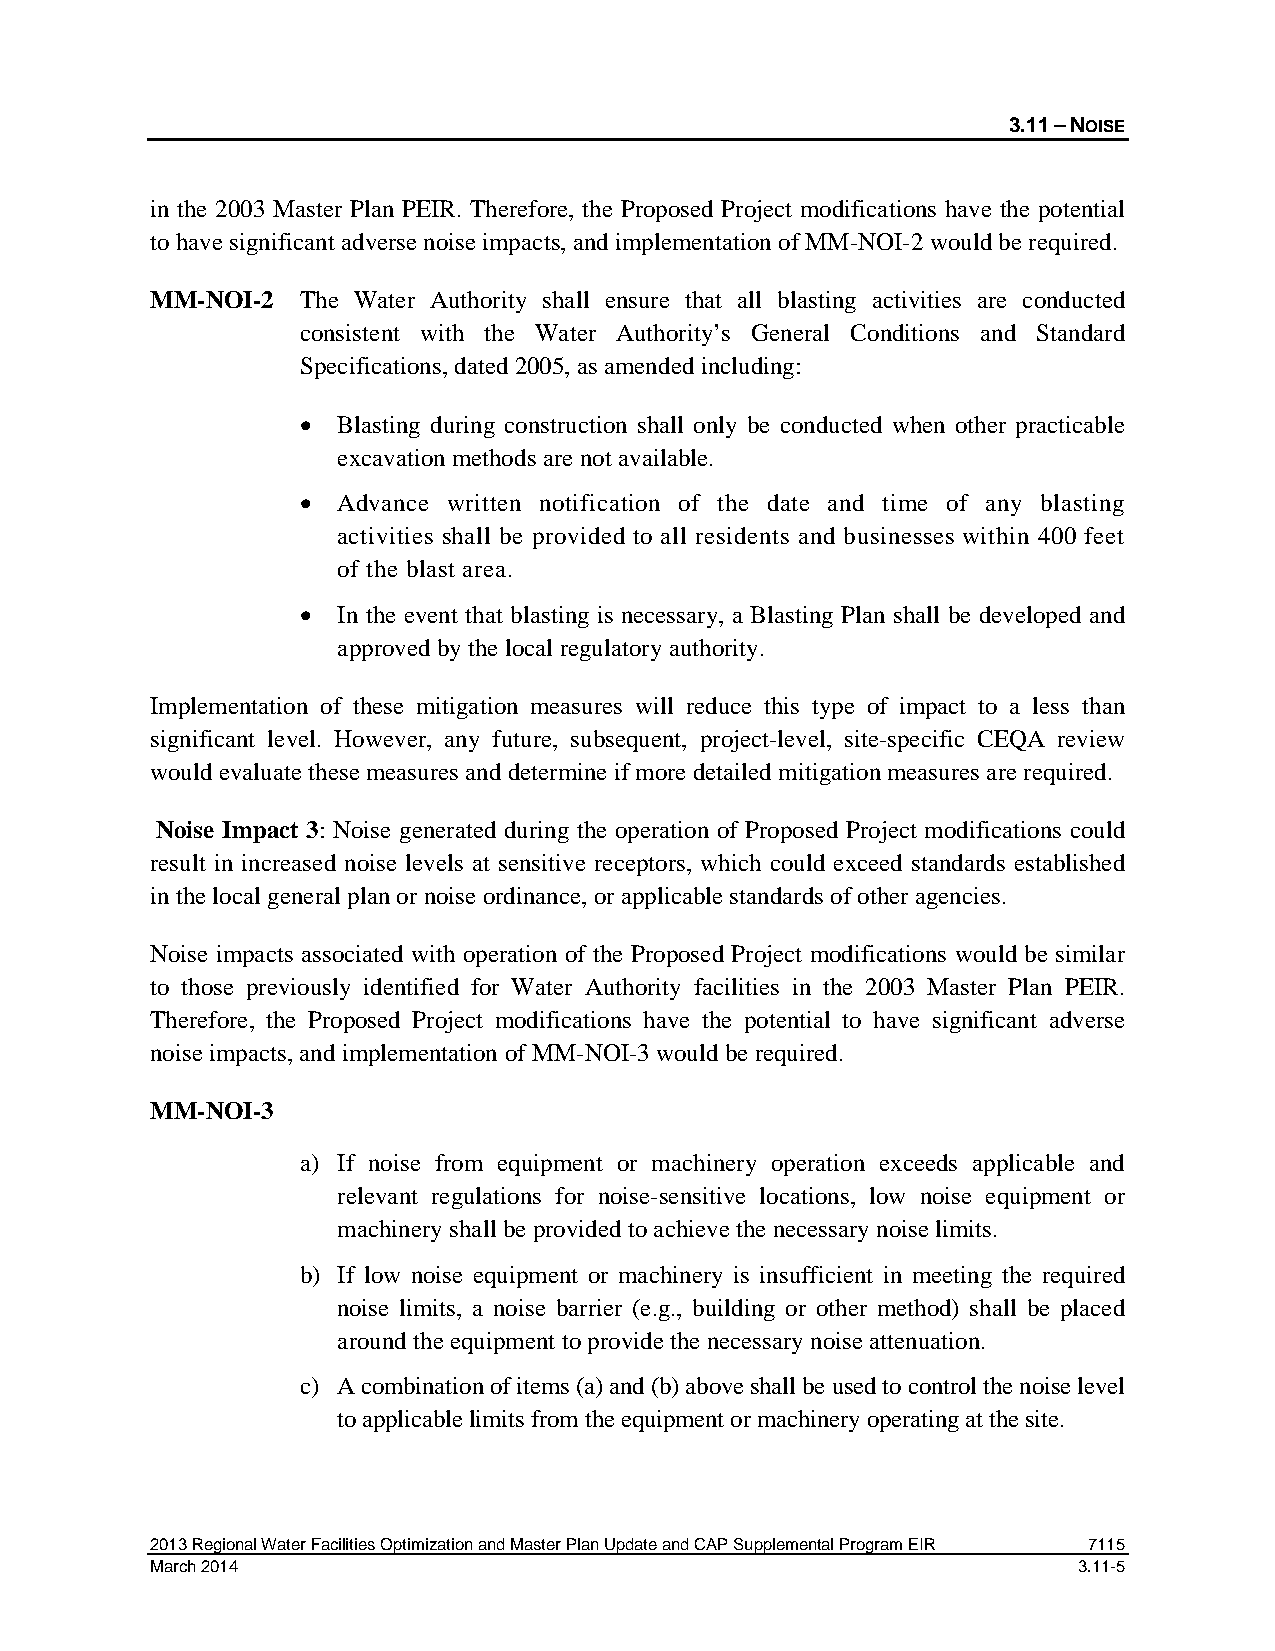
3.11 – NOISE
 in the 2003 Master Plan PEIR. Therefore, the Proposed Project modifications have the potential
 to have significant adverse noise impacts, and implementation of MM-NOI-2 would be required.
 MM-NOI-2  The Water Authority shall ensure that all blasting activities are conducted
 consistent with the Water Authority’s General Conditions and Standard
 Specifications, dated 2005, as amended including:
 • Blasting during construction shall only be conducted when other practicable
 excavation methods are not available.
 • Advance written notification of the date and time of any blasting
 activities shall be provided to all residents and businesses within 400 feet
 of the blast area.
 • In the event that blasting is necessary, a Blasting Plan shall be developed and
 approved by the local regulatory authority.
 Implementation of these mitigation measures will reduce this type of impact to a less than
 significant level. However, any future, subsequent, project-level, site-specific CEQA review
 would evaluate these measures and determine if more detailed mitigation measures are required.
 Noise Impact 3: Noise generated during the operation of Proposed Project modifications could
 result in increased noise levels at sensitive receptors, which could exceed standards established
 in the local general plan or noise ordinance, or applicable standards of other agencies.
 Noise impacts associated with operation of the Proposed Project modifications would be similar
 to those previously identified for Water Authority facilities in the 2003 Master Plan PEIR.
 Therefore, the Proposed Project modifications have the potential to have significant adverse
 noise impacts, and implementation of MM-NOI-3 would be required.
 MM-NOI-3
 a) If noise from equipment or machinery operation exceeds applicable and
 relevant regulations for noise-sensitive locations, low noise equipment or
 machinery shall be provided to achieve the necessary noise limits.
 b) If low noise equipment or machinery is insufficient in meeting the required
 noise limits, a noise barrier (e.g., building or other method) shall be placed
 around the equipment to provide the necessary noise attenuation.
 c) A combination of items (a) and (b) above shall be used to control the noise level
 to applicable limits from the equipment or machinery operating at the site.
 2013 Regional Water Facilities Optimization and Master Plan Update and CAP Supplemental Program EIR 7115
 March 2014                                                   3.11-5